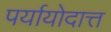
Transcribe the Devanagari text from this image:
पर्यायोदात्त